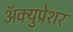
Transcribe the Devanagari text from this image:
ॲक्युप्रेशर